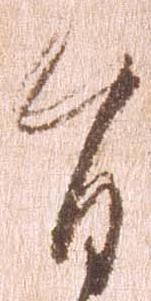
旨